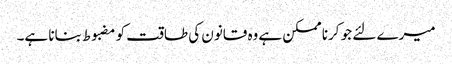
میرے لئے جو کرنا ممکن ہے وه قانون کی طاقت کو مضبوط بنانا ہے۔